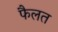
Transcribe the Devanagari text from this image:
फैलत